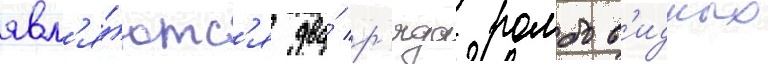
явл'я́ютс'я два́ р'яда ромбов'идных